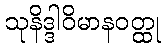
သုနိဒ္ဒါဝိမာနဝတ္ထု